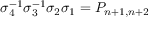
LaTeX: \sigma _ { 4 } ^ { - 1 } \sigma _ { 3 } ^ { - 1 } \sigma _ { 2 } \sigma _ { 1 } = P _ { n + 1 , n + 2 }